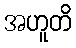
အဟူတိ